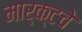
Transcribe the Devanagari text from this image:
मार्क्टचे